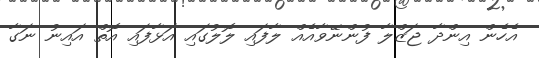
އެހެން އިންދާ ޖަޒްލާ ފުންނޭވާއެއް ލާފައި ލޮލުގައި އަޅާފައި އޮތް އައިނު ނަގާ